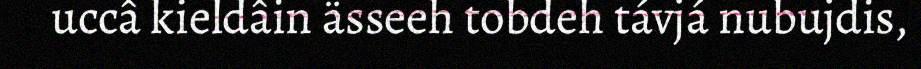
uccâ kieldâin ässeeh tobdeh távjá nubujdis,